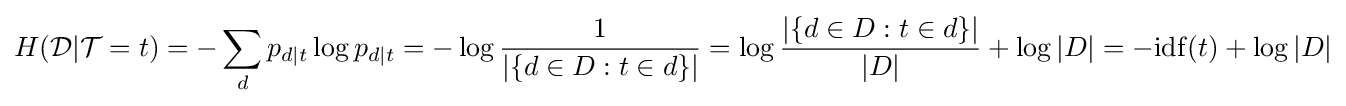
H({\cal {D}}|{\cal {T}}=t)=-\sum _{d}p_{d|t}\log p_{d|t}=-\log {\frac {1}{|\{d\in D:t\in d\}|}}=\log {\frac {|\{d\in D:t\in d\}|}{|D|}}+\log |D|=-\mathrm {idf} (t)+\log |D|